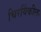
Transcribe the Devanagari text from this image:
चिरयिंकील